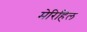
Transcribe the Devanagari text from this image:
मेरिहिल